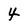
Character: 4